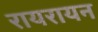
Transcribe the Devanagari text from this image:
रायरायन